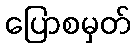
ပြောစမှတ်